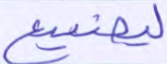
ليضيع